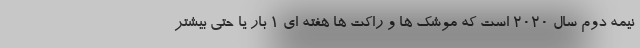
نیمه دوم سال 2020 است که موشک ها و راکت ها هفته ای 1 بار یا حتی بیشتر